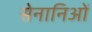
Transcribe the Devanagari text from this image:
सेनानिओं